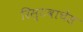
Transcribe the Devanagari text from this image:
रिस्टवाचेस